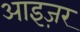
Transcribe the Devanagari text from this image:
आइज़र